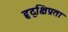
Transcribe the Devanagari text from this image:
हृद्‌क्षिप्रता